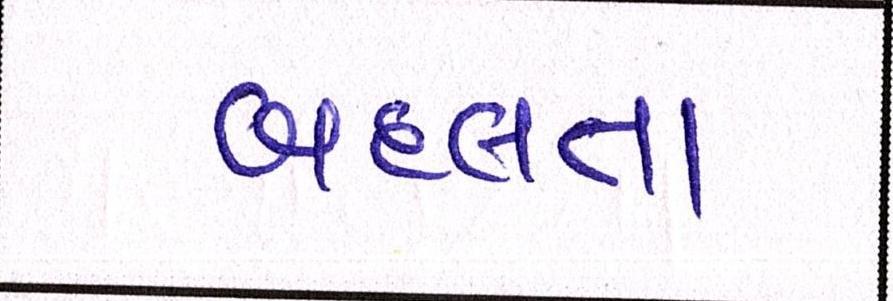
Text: બદલતા